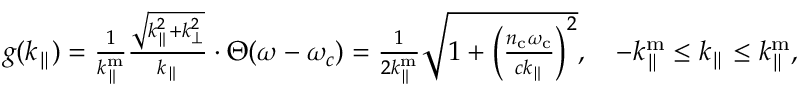
\begin{array} { r } { g ( k _ { \parallel } ) = \frac { 1 } { k _ { \parallel } ^ { \mathrm { m } } } \frac { \sqrt { k _ { \parallel } ^ { 2 } + k _ { \perp } ^ { 2 } } } { k _ { \parallel } } \cdot \Theta ( \omega - \omega _ { c } ) = \frac { 1 } { 2 k _ { \parallel } ^ { \mathrm { m } } } \sqrt { 1 + \left( \frac { n _ { \mathrm { c } } \omega _ { \mathrm { c } } } { c k _ { \parallel } } \right) ^ { 2 } } , ~ ~ ~ - k _ { \parallel } ^ { \mathrm { m } } \leq k _ { \parallel } \leq k _ { \parallel } ^ { \mathrm { m } } , } \end{array}